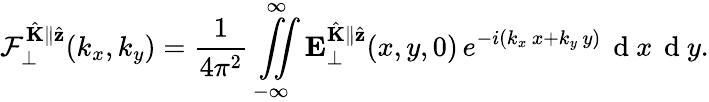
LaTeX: \mathcal{F}_{\perp}^{\hat{\mathbf{K}}\parallel\hat{\mathbf{z}}}(k_{x},k_{y})=\frac{1}{4\pi^{2}}\overset{\infty}{\underset{-\infty}{\iint}}\mathbf{E}_{\perp}^{\hat{\mathbf{K}}\parallel\hat{\mathbf{z}}}(x,y,0)\, e^{-i(k_{x}\, x+k_{y}\, y)}\, \mathrm{~d~}x\, \mathrm{~d~}y.